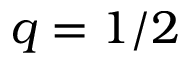
q = 1 / 2